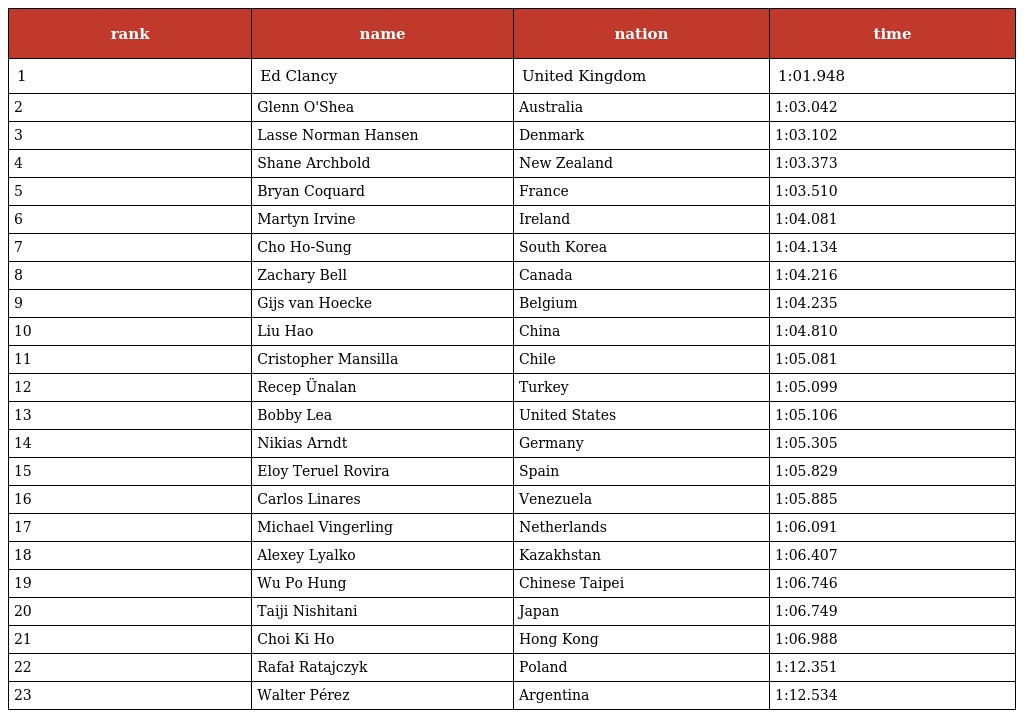
| rank | name | nation | time |
 | --- | --- | --- | --- |
 | 1 | Ed Clancy | United Kingdom | 1:01.948 |
 | 2 | Glenn O'Shea | Australia | 1:03.042 |
 | 3 | Lasse Norman Hansen | Denmark | 1:03.102 |
 | 4 | Shane Archbold | New Zealand | 1:03.373 |
 | 5 | Bryan Coquard | France | 1:03.510 |
 | 6 | Martyn Irvine | Ireland | 1:04.081 |
 | 7 | Cho Ho-Sung | South Korea | 1:04.134 |
 | 8 | Zachary Bell | Canada | 1:04.216 |
 | 9 | Gijs van Hoecke | Belgium | 1:04.235 |
 | 10 | Liu Hao | China | 1:04.810 |
 | 11 | Cristopher Mansilla | Chile | 1:05.081 |
 | 12 | Recep Ünalan | Turkey | 1:05.099 |
 | 13 | Bobby Lea | United States | 1:05.106 |
 | 14 | Nikias Arndt | Germany | 1:05.305 |
 | 15 | Eloy Teruel Rovira | Spain | 1:05.829 |
 | 16 | Carlos Linares | Venezuela | 1:05.885 |
 | 17 | Michael Vingerling | Netherlands | 1:06.091 |
 | 18 | Alexey Lyalko | Kazakhstan | 1:06.407 |
 | 19 | Wu Po Hung | Chinese Taipei | 1:06.746 |
 | 20 | Taiji Nishitani | Japan | 1:06.749 |
 | 21 | Choi Ki Ho | Hong Kong | 1:06.988 |
 | 22 | Rafał Ratajczyk | Poland | 1:12.351 |
 | 23 | Walter Pérez | Argentina | 1:12.534 |